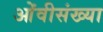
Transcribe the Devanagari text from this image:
ओंवीसंख्या